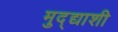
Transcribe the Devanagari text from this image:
मुद्द्याशी